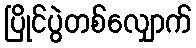
ပြိုင်ပွဲတစ်လျှောက်